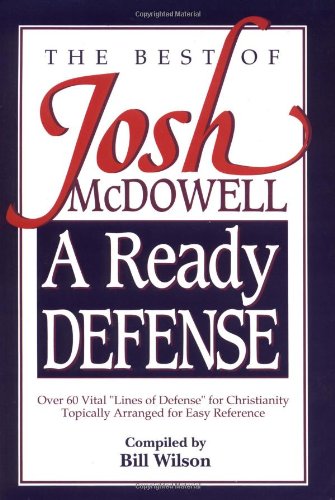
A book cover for A Ready Defense The Best Of Josh Mcdowell; Josh McDowell; Christian Books & Bibles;